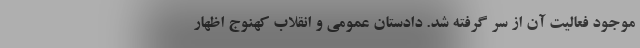
موجود فعالیت آن از سر گرفته شد. دادستان عمومی و انقلاب کهنوج اظهار